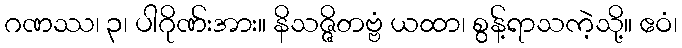
ဂဏဿ၊ ၃၊ ပါဂိုဏ်းအား။ နိသဇ္ဇိတဗ္ဗံ ယထာ၊ စွန့်ရာသကဲ့သို့။ ဧဝံ၊